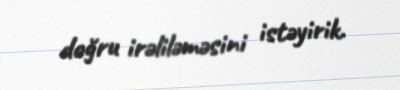
doğru irəliləməsini istəyirik.